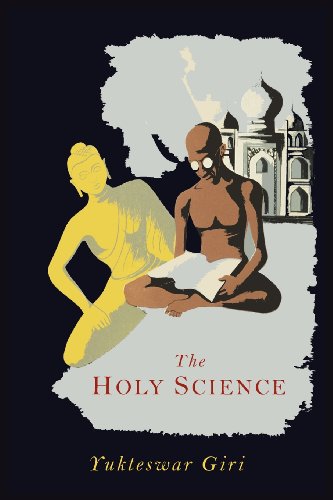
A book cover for The Holy Science; Swami Sri Yukteswar; Religion & Spirituality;